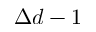
\Delta d - 1